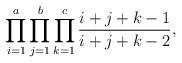
LaTeX: \begin{align*} \prod _{i=1} ^{a}\prod _{j=1} ^{b}\prod _{k=1} ^{c}\frac {i+j+k-1} {i+j+k-2},\end{align*}